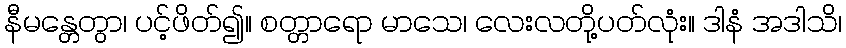
နီမန္တေတွာ၊ ပင့်ဖိတ်၍။ စတ္တာရော မာသေ၊ လေးလတို့ပတ်လုံး။ ဒါနံ အဒါသိ၊